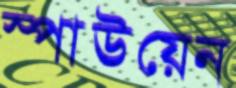
স্পাউয়েন